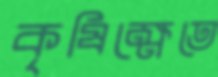
কৃষিক্ষেতে